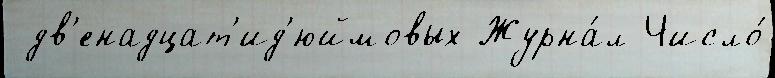
 дв'енадцат'ид'юймовых Журна́л Число́